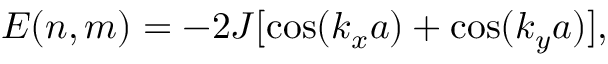
E ( n , m ) = - 2 J [ \cos ( k _ { x } a ) + \cos ( k _ { y } a ) ] ,